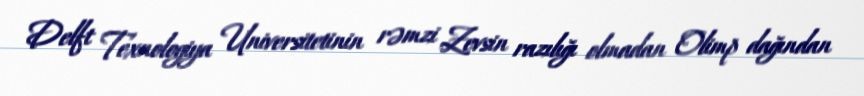
Delft Texnologiya Universitetinin rəmzi Zevsin razılığı olmadan Olimp dağından